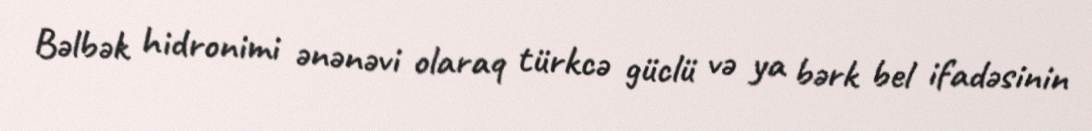
Bəlbək hidronimi ənənəvi olaraq türkcə güclü və ya bərk bel ifadəsinin